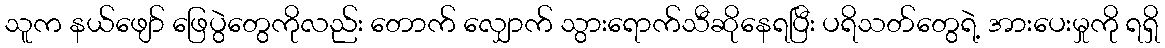
သူက နယ်ဖျော် ဖြေပွဲတွေကိုလည်း တောက် လျှောက် သွားရောက်သီဆိုနေရပြီး ပရိသတ်တွေရဲ့ အားပေးမှုကို ရရှိ